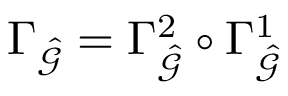
\Gamma _ { \hat { \mathcal { G } } } = \Gamma _ { \hat { \mathcal { G } } } ^ { 2 } \circ \Gamma _ { \hat { \mathcal { G } } } ^ { 1 }